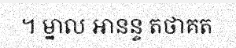
។ ម្នាល អានន្ទ តថាគត